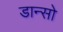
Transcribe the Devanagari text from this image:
डान्सो